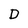
Character: D